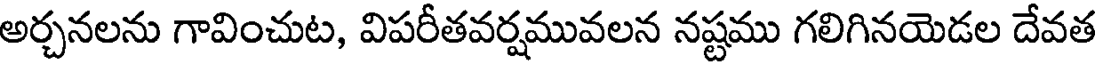
అర్చనలను గావించుట, విపరీతవర్షమువలన నష్టము గలిగినయెడల దేవత